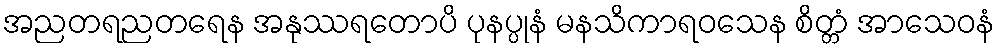
အညတရညတရေန အနုဿရတောပိ ပုနပ္ပုနံ မနသိကာရဝသေန စိတ္တံ အာသေဝနံ